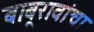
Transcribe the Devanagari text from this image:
बाबूरावांचा